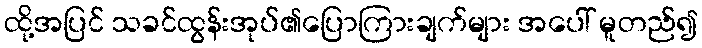
ထို့အပြင် သခင်ထွန်းအုပ်၏ပြောကြားချက်များ အပေါ် မူတည်၍